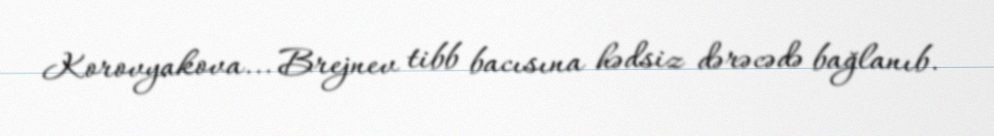
Korovyakova... Brejnev tibb bacısına hədsiz dərəcədə bağlanıb.